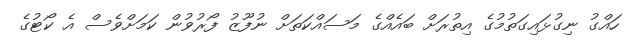
ހައްގު ނިގުޅައިގަތުމުގެ އިތުރަށް ބައެއްގެ މަސައްކަތަށް ނުފޫޒު ފޯރުވުން ކަމަށްވެސް އެ ކޯޓުގެ